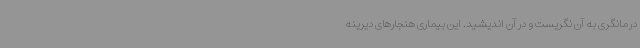
درمانگری به آن نگریست و در آن اندیشید. این بیماری هنجارهای دیرینه